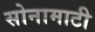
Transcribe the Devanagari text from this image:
सोनामाटी